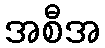
အစီအ